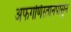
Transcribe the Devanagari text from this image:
अफगणिस्तानपासून